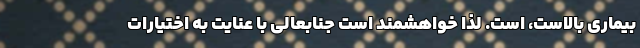
بیماری بالاست، است. لذا خواهشمند است جنابعالی با عنایت به اختیارات